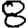
Digit: 8